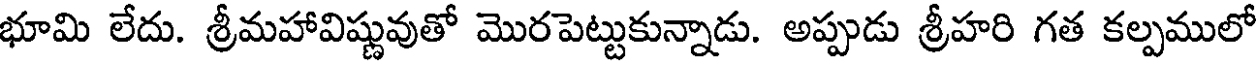
భూమి లేదు. శ్రీమహావిష్ణువుతో మొరపెట్టుకున్నాడు. అప్పుడు శ్రీహరి గత కల్పములో